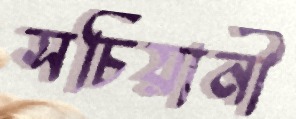
সচিয়ানী